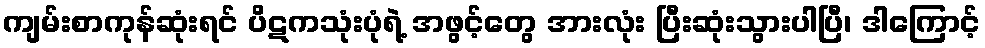
ကျမ်းစာကုန်ဆုံးရင် ပိဋကသုံးပုံရဲ့ အဖွင့်တွေ အားလုံး ပြီးဆုံးသွားပါပြီ၊ ဒါကြောင့်